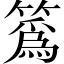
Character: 䈧